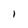
Character: I